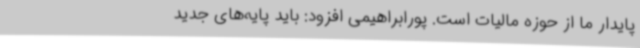
پایدار ما از حوزه مالیات است. پورابراهیمی افزود: باید پایه‌های جدید